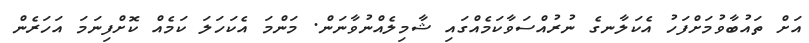
އަށް ތައުބާވުމަށްފަހު އެކަލާނގެ ނުރުއްސަވާކަމެއްގައި ޝާމިލެއްނުވާނަން. މަންމަ އެކަހަލަ ކަމެއް ކޮށްފިނަމަ އަހަރެން